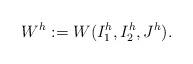
LaTeX: \begin{align*} W^h:=W(I_1^h, I^h_2, J^h).\end{align*}